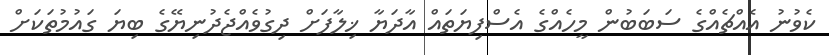
ކެވުނު އެއްޗެއްގެ ސަބަބުން މީހެއްގެ އެސްފިޔަތައް އާދަޔާ ޚިލާފަށް ދިގުވެއްޖެދުނިޔޭގެ ބިޔަ ގައުމުތަކަށް